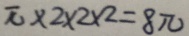
\pi \times 2 \times 2 \times 2 = 8 \pi